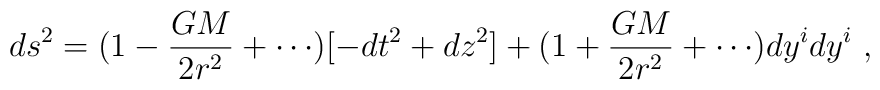
ds^2=(1-{GM\over2r^2}+\cdots)[-dt^2+dz^2]+(1+{GM\over2r^2}+\cdots)dy^idy^i\ ,